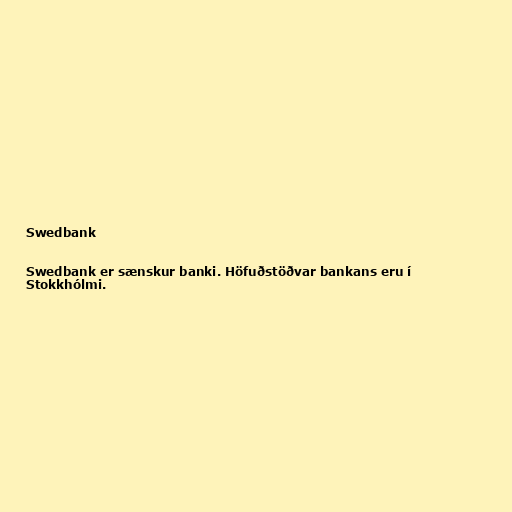
Swedbank

Swedbank er sænskur banki. Höfuðstöðvar bankans eru í
Stokkhólmi.